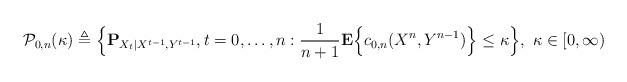
LaTeX: \begin{align*}{\cal P}_{0,n}(\kappa)\triangleq \Big\{ {\bf P}_{X_t|X^{t-1}, Y^{t-1}}, t=0, \ldots, n: \frac{1}{n+1} {\bf E}\Big\{c_{0,n}(X^n,Y^{n-1})\Big\} \leq \kappa\Big\},~ \kappa \in [0, \infty)\end{align*}